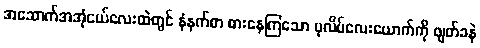
အဆောက်အအုံငယ်လေးထဲတွင် နံနက်စာ စားနေကြသော ပုလိပ်လေးယောက်ကို ဖျတ်ခနဲ